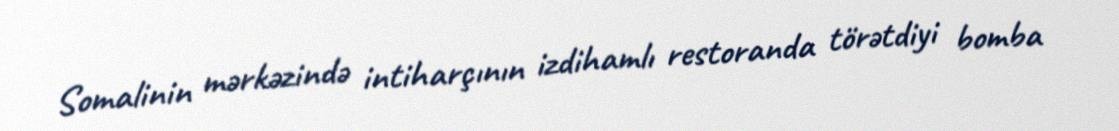
Somalinin mərkəzində intiharçının izdihamlı restoranda törətdiyi bomba